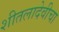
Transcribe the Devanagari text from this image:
शीतलादेवीचा